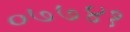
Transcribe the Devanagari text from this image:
०७७४१